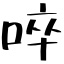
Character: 啐